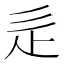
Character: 辵